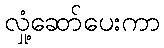
လှုံ့ဆော်ပေးကာ